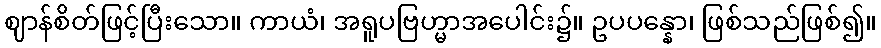
ဈာန်စိတ်ဖြင့်ပြီးသော။ ကာယံ၊ အရူပဗြဟ္မာအပေါင်း၌။ ဥပပန္နော၊ ဖြစ်သည်ဖြစ်၍။